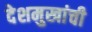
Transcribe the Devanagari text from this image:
देशमुखांची